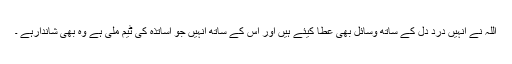
اللہ نے انہیں درد دل کے ساتھ وسائل بھی عطا کیئے ہیں اور اس کے ساتھ انہیں جو اساتذہ کی ٹیم ملی ہے وہ بھی شاندارہے ۔